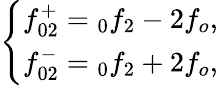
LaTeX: \left\{ \begin{array}{c}{f_{02}^{+}=\phantom{}_{0}f_{2}-2f_{o},}\\ {f_{02}^{-}=\phantom{}_{0}f_{2}+2f_{o},}\end{array}\right.